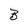
Character: B